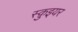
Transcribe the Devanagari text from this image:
स्क़ुइयर